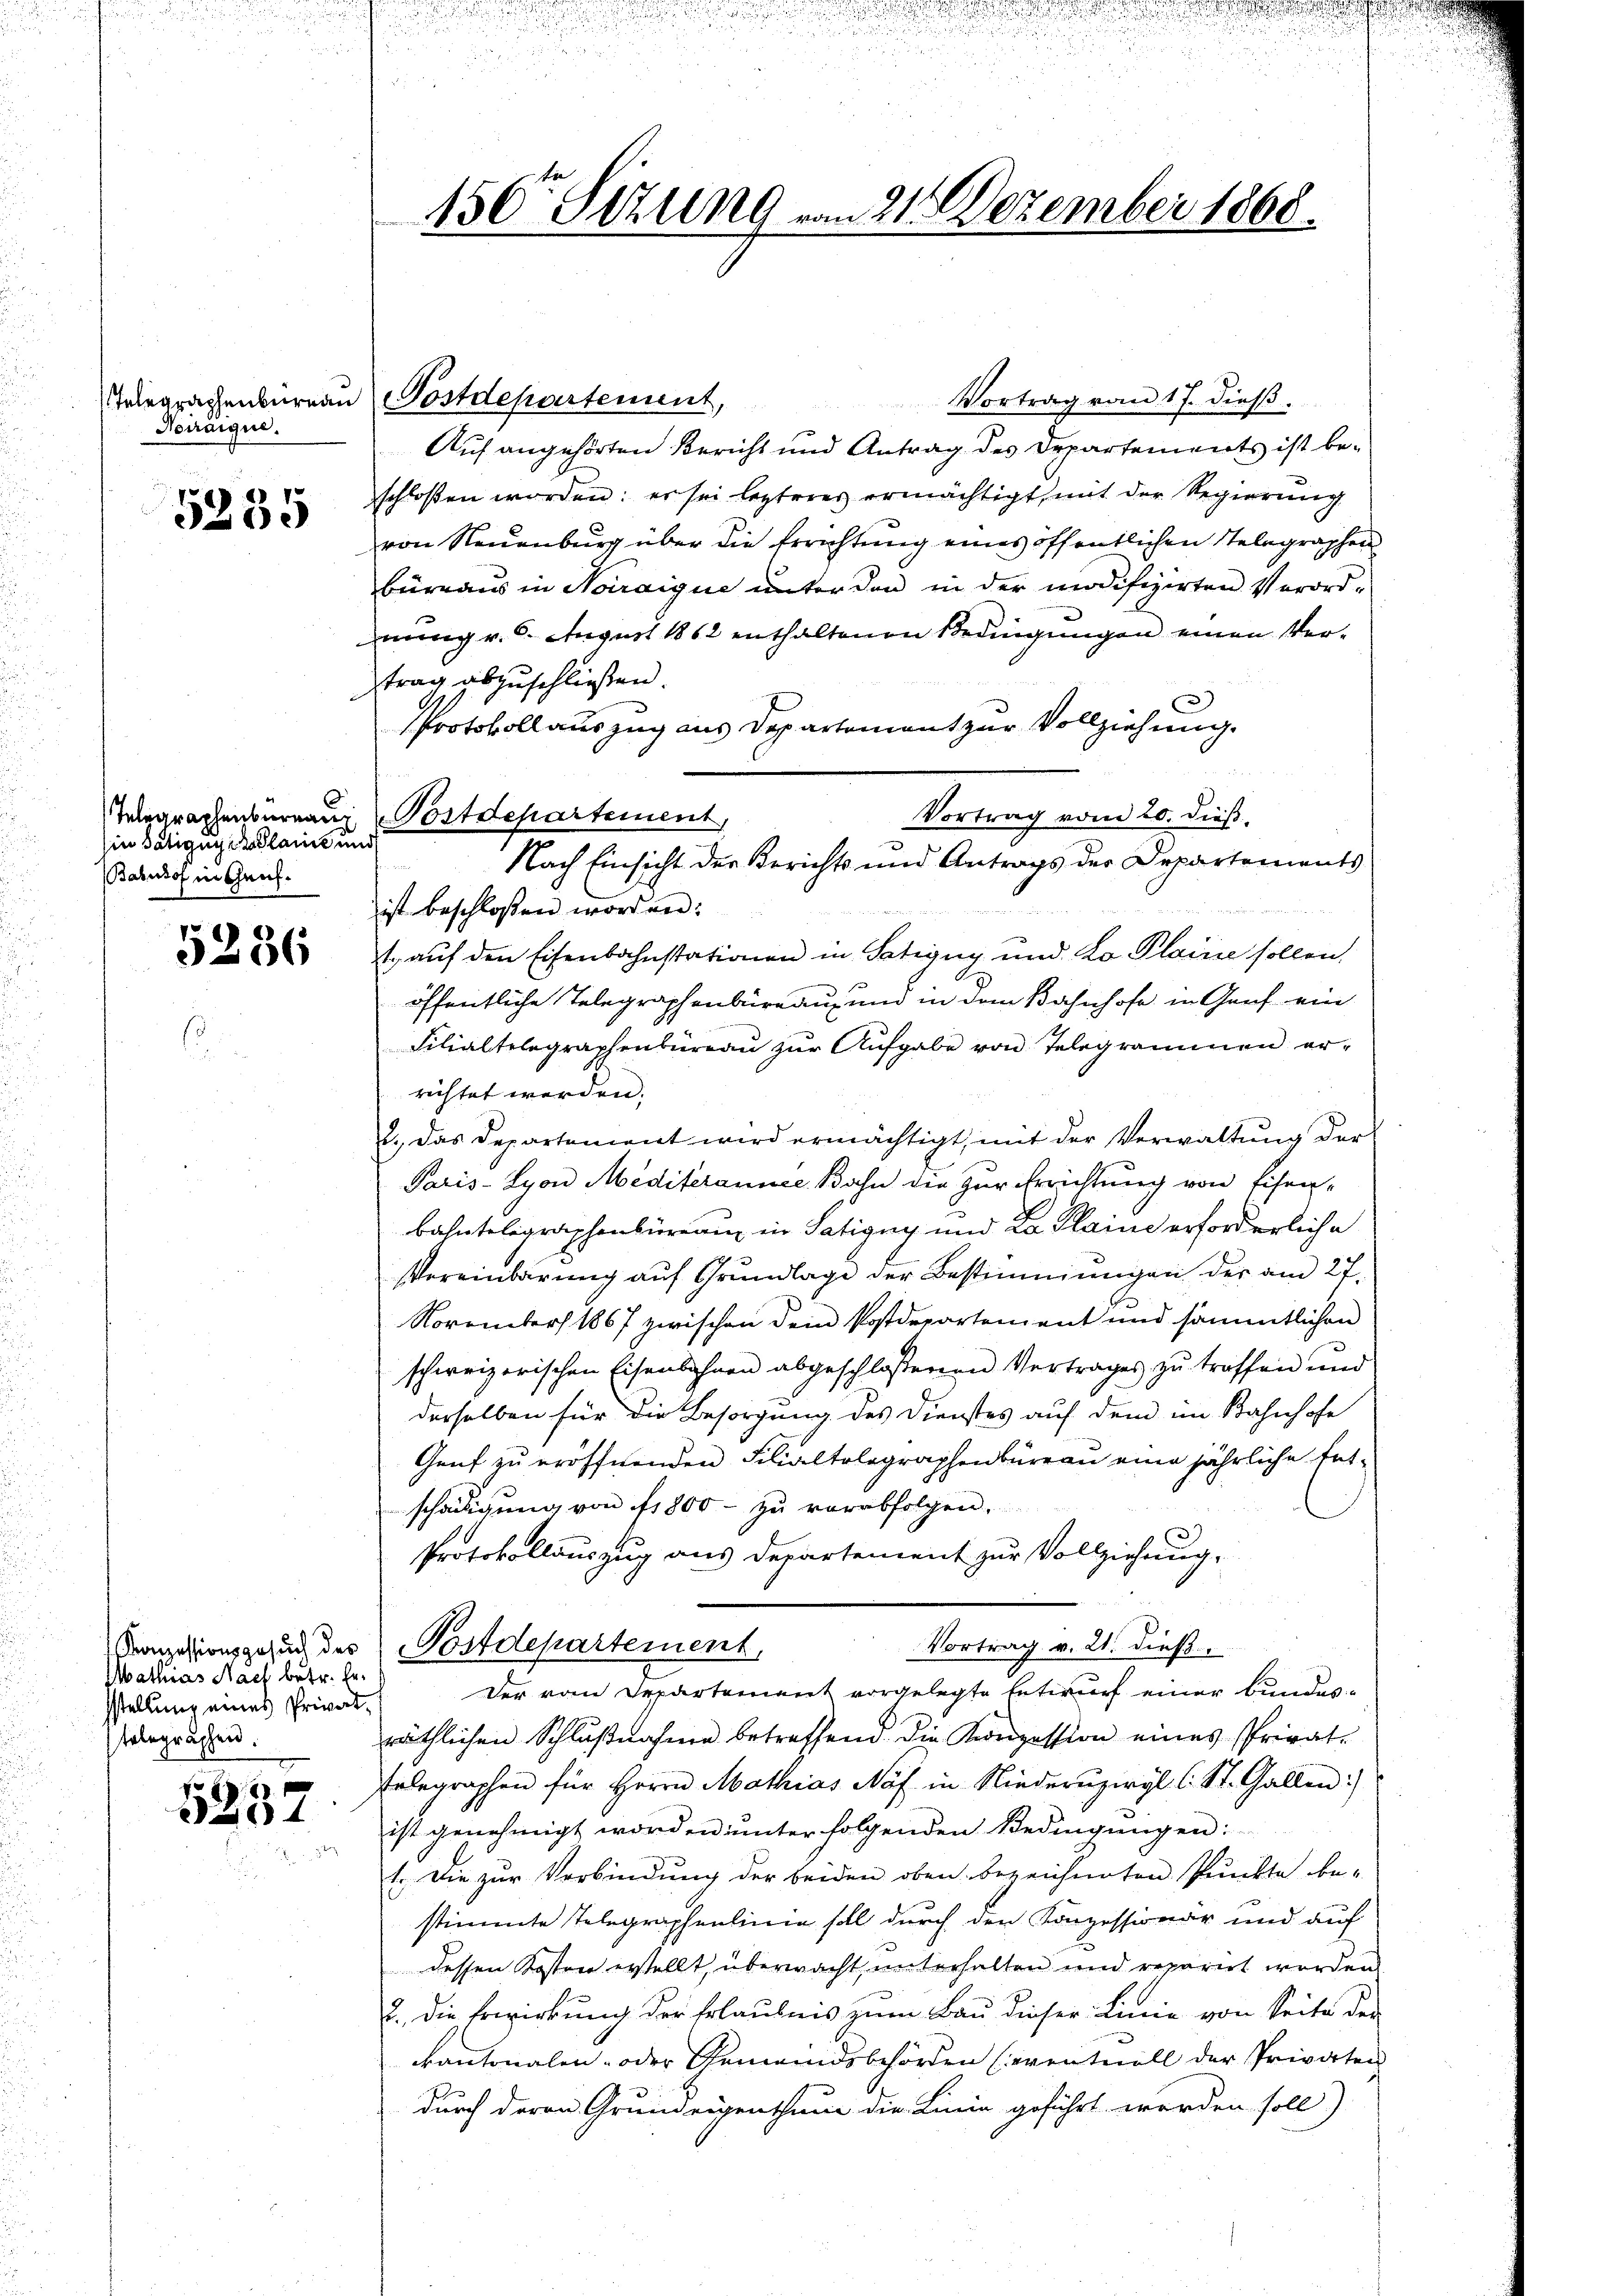
Noiraique.

5235

Ein Tätigung derlain und
Bahnhof in Genf.

5236

Mathias Nach betr. Gesstellung eines Privattelegraphen.

5337

150t Setzung vom 21. Dezember 1868.

Vortrag vom 17. dieß.
Auf angehörten Bericht und Antrag des Departements ist beschloßen worden: er sei lezteres ermächtigt, mit der Regierung
von Neuenburg über die Errichtung eines öffentlichen Stelegraphen
büreaus in Noiraigue unter den in der modifizirten Verordnung v. 6. August 1862 enthaltenen Bedingungen einen Vertrag abzuschließen.
Protokoll auszug aus Departement zur Vollziehung.
Vortrag vom 20. dieß.
ist beschloßen worden.
t. auf den Eisenbahnstationen in Satigny und Lo Plain sollen
öffentliche Telegraphenbüreau, und in dem Bahnhofe in Genf ein
Filialtelegraphenbüreau zur Aufgabe von Telegrammen errichtet werden.
2.) Das Departement wird ermächtigt, mit der Verwaltung der
Paris-Syon Mediterannee, Bahn die zur Errichtung von Eisen¬
Bahntelegraphenbüreau in Satigny und da Plaine erforderliche
Vereinbarung aŭf Grŭndlage der Bestimmungen der am 27.
November 1867 zwischen dem Postdepartement und sämmtlichen
schweizerischen Eisenbahnen abgeschlossenen Vertrages zu traffen und
derselben für die Besorgung des Dienstes auf dem im Bahnhofe
Genf zu eröffnenden Filialtalographenbüreau eine jährliche Entschädigung von 1800 - zu verabfolgen.
Protokollauszug aus Departement zur Vollziehung,
Vortrag v. 21. dieß
Konzesionsgesuch des Postdepartement,
Der vom Departement vorgelegte Entwurf einer Bundesräthlichen Schlußnahme betreffend. Die Konzession eines Privat-
Telegraphen für Herrn Mathias Näf in Niederuzwyl (: St. Gallen:
ist genehmigt worden unter folgenden Bedingungen:
1. Die zŭr Verbindŭng der beiden oben bezeichneten Punkte be-
stimmte Telegraphenlinie soll durch den Konzessionär und auf
dessen Kosten erstellt, überwacht, unterhalten und reparirt worden
2., die Erwirkung der Erlaubnis zum Bau dieser Linie von Seite der
kantonalen- oder Gemeindsbehörden (eventuell der Privaten
durch deren Grundeigenthum die Linie geführt worden soll)

Telegraphenbureau Postdepartement,

Telegraphenberganz Postdepartement,

Nach Einsicht der Berichts und Antrags der Departements

.